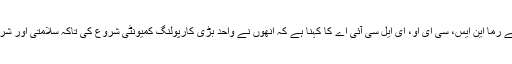
اس پارٹنرشپ کے تعلق سے بات کرتے ہوئے رما این ایس، سی ای او، ای ایل سی آئی اے کا کہنا ہے کہ انھوں نے واحد بڑی کارپولنگ کمیونٹی شروع کی تاکہ سلامتی اور شراکت کے اونچے معیارات اختیار کئے جائیں۔